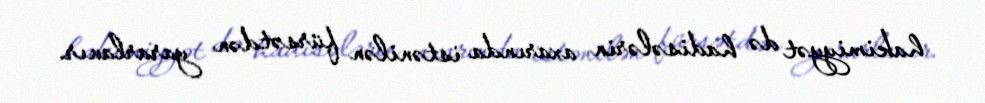
hakimiyyət də hadisələrin axarında istənilən fürsətdən yararlanır.